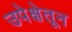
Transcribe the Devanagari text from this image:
उपेक्षेतून